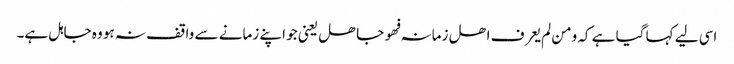
اسی لیے کہا گیا ہے کہ ومن لم یعرف اھل زمانہ فھو جاھل یعنی جو اپنے زمانے سے واقف نہ ہو وہ جاہل ہے۔